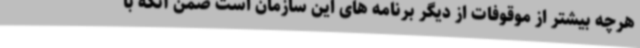
هرچه بیشتر از موقوفات از دیگر برنامه های این سازمان است ضمن آنکه با